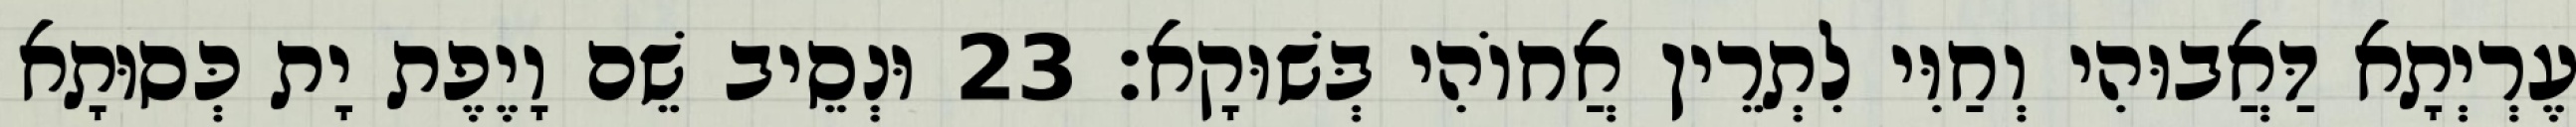
עֶרְיְתָא דַּאֲבוּהִי וְחַוִּי לִתְרֵין אֲחוֹהִי בְּשׁוּקָא׃ 23 וּנְסֵיב שֵׁם וָיֶפֶת יָת כְּסוּתָא